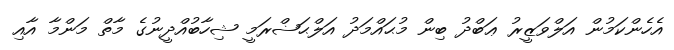
އެހެންކަމުން އަލްވަޒީރު ޢަބްދު ބިން މުޙައްމަދު އަލްޙަޟްރަމީ ޝިހާބުއްދީނުގެ މާތް މަންމާ އާއި